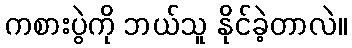
ကစားပွဲကို ဘယ်သူ နိုင်ခဲ့တာလဲ။